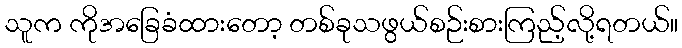
သူက ကိုအခြေခံထားတော့ တစ်ခုသဖွယ်စဉ်းစားကြည့်လို့ရတယ်။